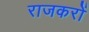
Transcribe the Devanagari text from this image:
राजकरों